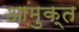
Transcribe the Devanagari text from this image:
आमुक्त